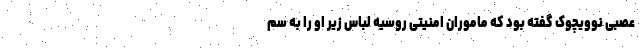
عصبی نوویچوک گفته بود که ماموران امنیتی روسیه لباس زیر او را به سم